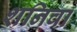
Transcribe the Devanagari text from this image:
शनिवा